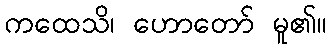
ကထေသိ၊ ဟောတော် မူ၏။